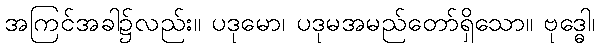
အကြင်အခါ၌လည်း။ ပဒုမော၊ ပဒုမအမည်တော်ရှိသော။ ဗုဒ္ဓေါ၊